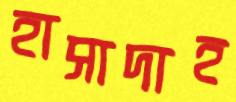
হাসাদাহ